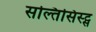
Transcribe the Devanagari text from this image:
सल्तिसिस्ट्स